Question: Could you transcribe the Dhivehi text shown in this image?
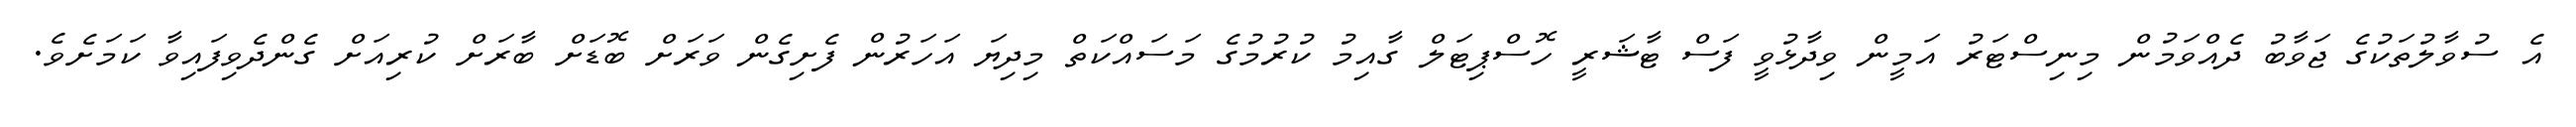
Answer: އެ ސުވާލުތަކުގެ ޖަވާބު ދެއްވަމުން މިނިސްޓަރު އަމީން ވިދާޅުވީ ފަސް ޓާޝަރީ ހޮސްޕިޓަލް ގާއިމު ކުރުމުގެ މަސައްކަތް މިދިޔަ އަހަރުން ފެށިގެން ވަރަށް ބޮޑަށް ބާރަށް ކުރިއަށް ގެންދެވިފައިވާ ކަމަށެވެ.